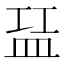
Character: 𬐝